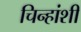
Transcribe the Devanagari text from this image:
चिन्हांशी